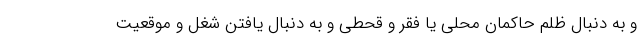
و به دنبال ظلم حاکمان محلی یا فقر و قحطی و به دنبال یافتن شغل و موقعیت